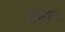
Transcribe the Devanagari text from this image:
अपेक्षाकत